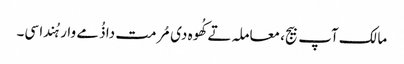
مالک آپ بیج، معاملہ تے کُھوہ دی مُرمت دا ذُمے وار ہُندا سی۔